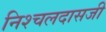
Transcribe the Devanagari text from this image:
निश्चलदासजी